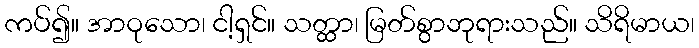
ကပ်၍။ အာဝုသော၊ ငါ့ရှင်။ သတ္ထာ၊ မြတ်စွာဘုရားသည်။ သိရိမာယ၊